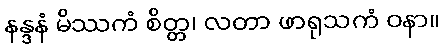
နန္ဒနံ မိဿကံ စိတ္တ၊ လတာ ဖာရုသကံ ဝနာ။